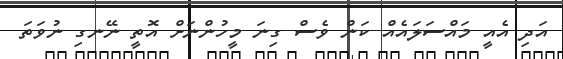
އަދި އެއީ މައްސަލައެއް ކަން ވެސް ގިނަ މީހުންނަށް އޮތީ ނޭނގި ނުވަތަ